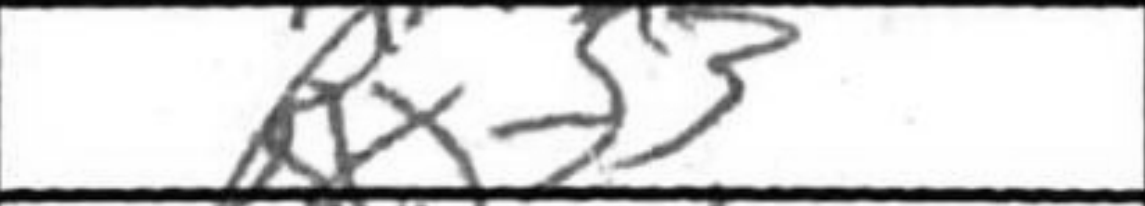
Transcription: Rxf3